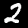
Digit: 2